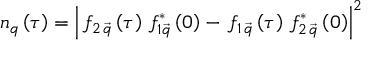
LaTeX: n _ { q } \left( \tau \right) = \left| \, f _ { 2 \, \vec { q } } \left( \tau \right) \, f _ { 1 \vec { q } } ^ { \ast } \left( 0 \right) - \, f _ { 1 \, \vec { q } } \left( \tau \right) \, f _ { 2 \, \vec { q } } ^ { \ast } \left( 0 \right) \right| ^ { 2 }